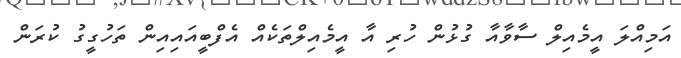
އަމިއްލަ އީމެއިލް ސާވާއާ ގުޅުން ހުރި އާ އީމެއިލްތަކެއް އެފްބީއައިއިން ތަހުގީގު ކުރަން